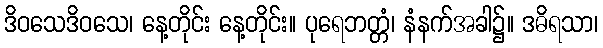
ဒိဝသေဒိဝသေ၊ နေ့တိုင်း နေ့တိုင်း။ ပုရေဘတ္တံ၊ နံနက်အခါ၌။ ဒဓိရသာ၊